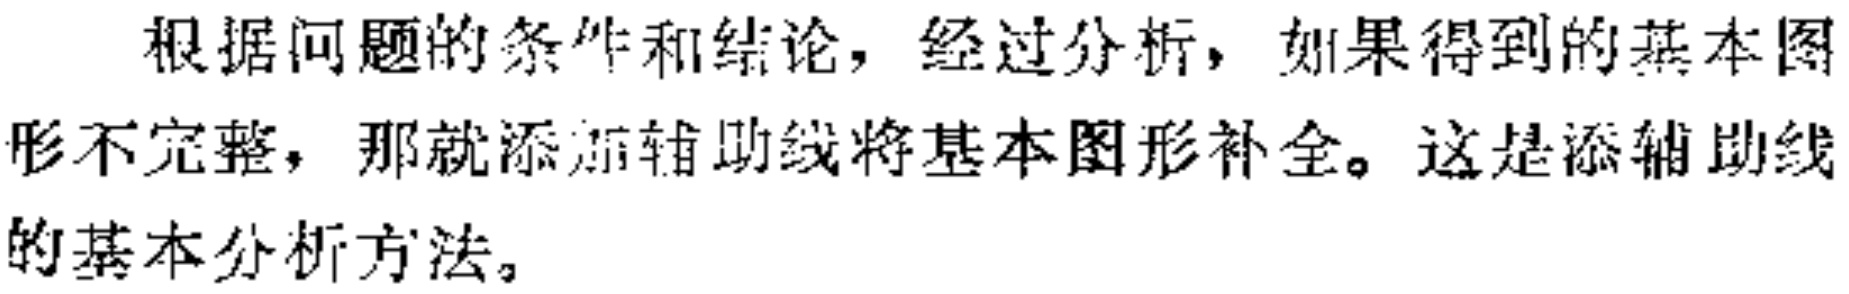
根据问题的条件和结论，经过分析，如果得到的基本图形不完整，那就添加辅助线将基本图形补全。这是添辅助线的基本分析方法。